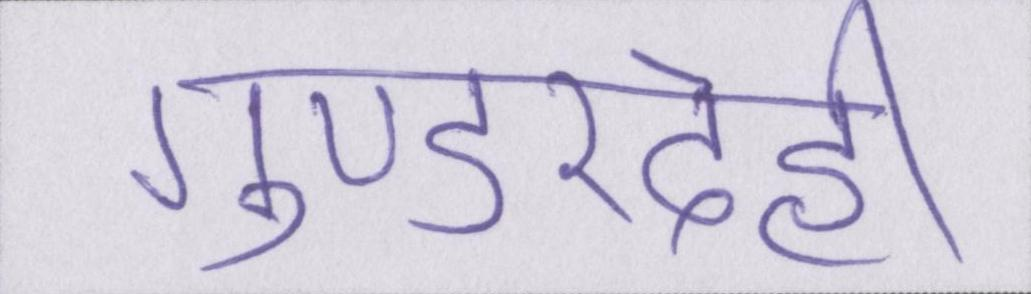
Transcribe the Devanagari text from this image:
गुण्डरदेही